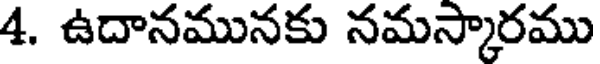
4. ఉదానమునకు నమస్కారము